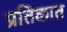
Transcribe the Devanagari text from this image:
प्रतिकात